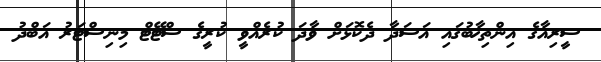
ސީރިއާގެ އިންތިޚާބުގައި އަސަދާ ދެކޮޅަށް ވާދަ ކުރެއްވީ ކުރީގެ ސްޓޭޓް މިނިސްޓަރު އަބްދު